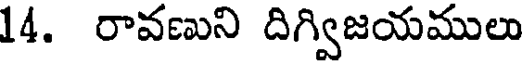
14. రావణుని దిగ్విజయములు